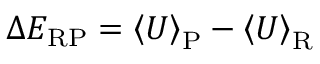
\Delta E _ { \mathrm { R P } } = \left< U \right> _ { \mathrm { P } } - \left< U \right> _ { \mathrm { R } }